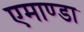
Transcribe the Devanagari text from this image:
एमाण्डा